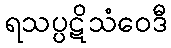
ရသပ္ပဋိသံဝေဒီ